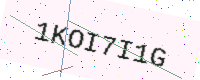
Text: 1KOI7I1G